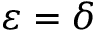
\varepsilon = \delta